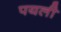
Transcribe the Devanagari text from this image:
पयली